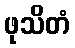
ဖုသိတံ